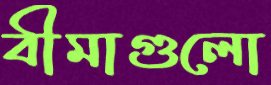
বীমাগুলো